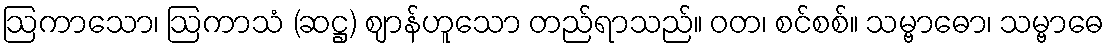
ဩကာသော၊ ဩကာသံ (ဆဋ္ဌ) ဈာန်ဟူသော တည်ရာသည်။ ဝတ၊ စင်စစ်။ သမ္ဗာဓော၊ သမ္ဗာဓေ